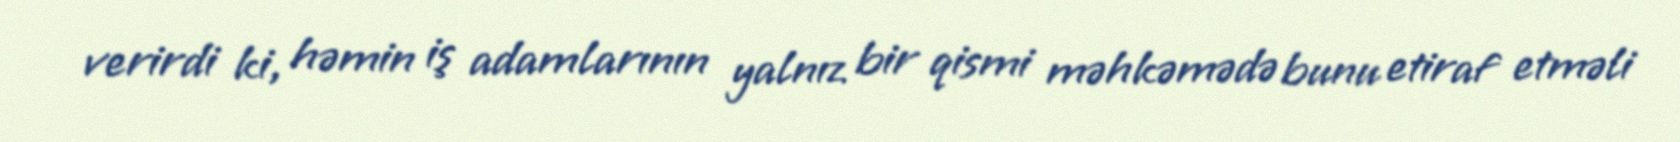
verirdi ki, həmin iş adamlarının yalnız bir qismi məhkəmədə bunu etiraf etməli